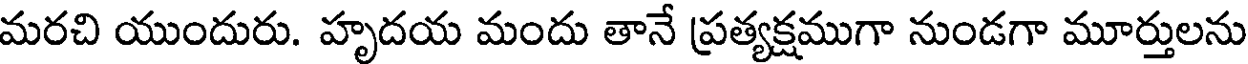
మరచి యుందురు. హృదయ మందు తానే ప్రత్యక్షముగా నుండగా మూర్తులను